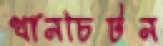
থানচিটন